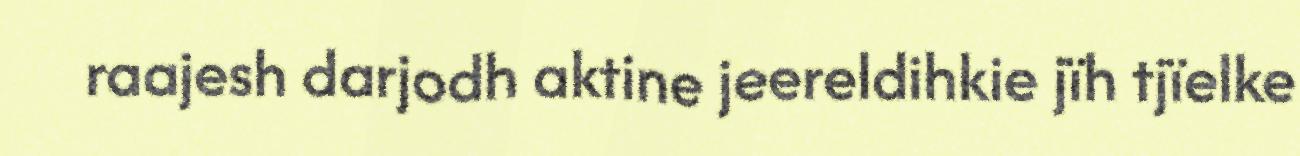
raajesh darjodh aktine jeereldihkie jïh tjïelke